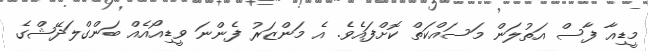
މީޑިއާ ފާސް އަތުލަން މަސައްކަތް ކޮށްފައެވެ. އެ މަންޒަރު ފެންނަ ވީޑިއޯއެއް ބަންގްލަދޭޝްގެ